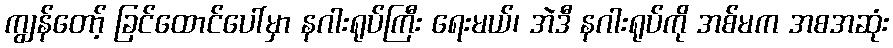
ကျွန်တော့် ခြင်ထောင်ပေါ်မှာ နဂါးရုပ်ကြီး ရေးမယ်၊ အဲဒီ နဂါးရုပ်ကို အစ်မက အစအဆုံး